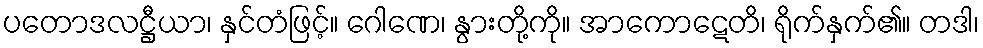
ပတောဒလဋ္ဌီယာ၊ နှင်တံဖြင့်။ ဂေါဏေ၊ နွားတို့ကို။ အာကောဋေတိ၊ ရိုက်နှက်၏။ တဒါ၊